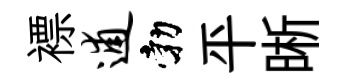
褾逋勃平晰